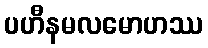
ပဟီနမလမောဟဿ